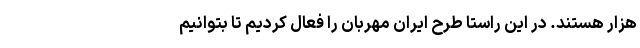
هزار هستند. در این راستا طرح ایران مهربان را فعال کردیم تا بتوانیم